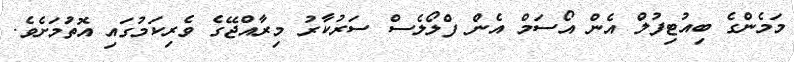
މަމެންގެ ބިއުޓިފުލް އެން އޯސަމް އެން ފްލޯލެސް ސަރުކާރު މިރާއްޖޭގެ ވެރިކަމުގައި އޮތުަމަށެވެ.